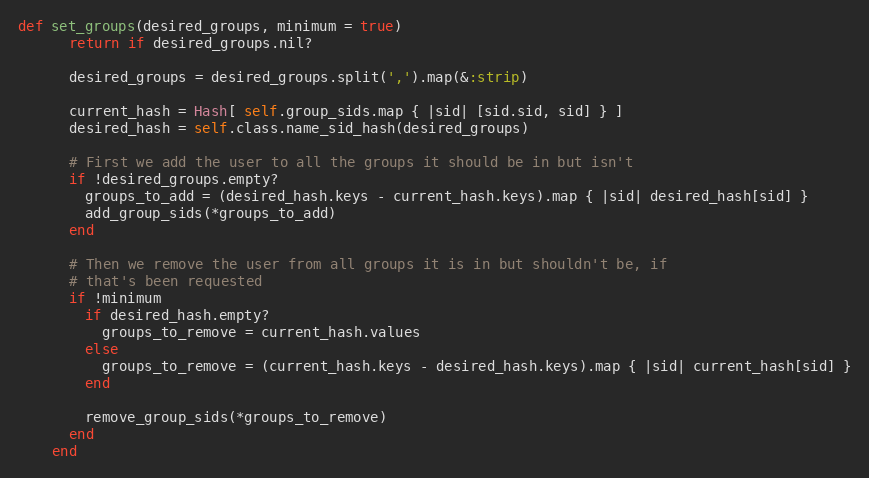
Language: Ruby
def set_groups(desired_groups, minimum = true)
      return if desired_groups.nil?

      desired_groups = desired_groups.split(',').map(&:strip)

      current_hash = Hash[ self.group_sids.map { |sid| [sid.sid, sid] } ]
      desired_hash = self.class.name_sid_hash(desired_groups)

      # First we add the user to all the groups it should be in but isn't
      if !desired_groups.empty?
        groups_to_add = (desired_hash.keys - current_hash.keys).map { |sid| desired_hash[sid] }
        add_group_sids(*groups_to_add)
      end

      # Then we remove the user from all groups it is in but shouldn't be, if
      # that's been requested
      if !minimum
        if desired_hash.empty?
          groups_to_remove = current_hash.values
        else
          groups_to_remove = (current_hash.keys - desired_hash.keys).map { |sid| current_hash[sid] }
        end

        remove_group_sids(*groups_to_remove)
      end
    end